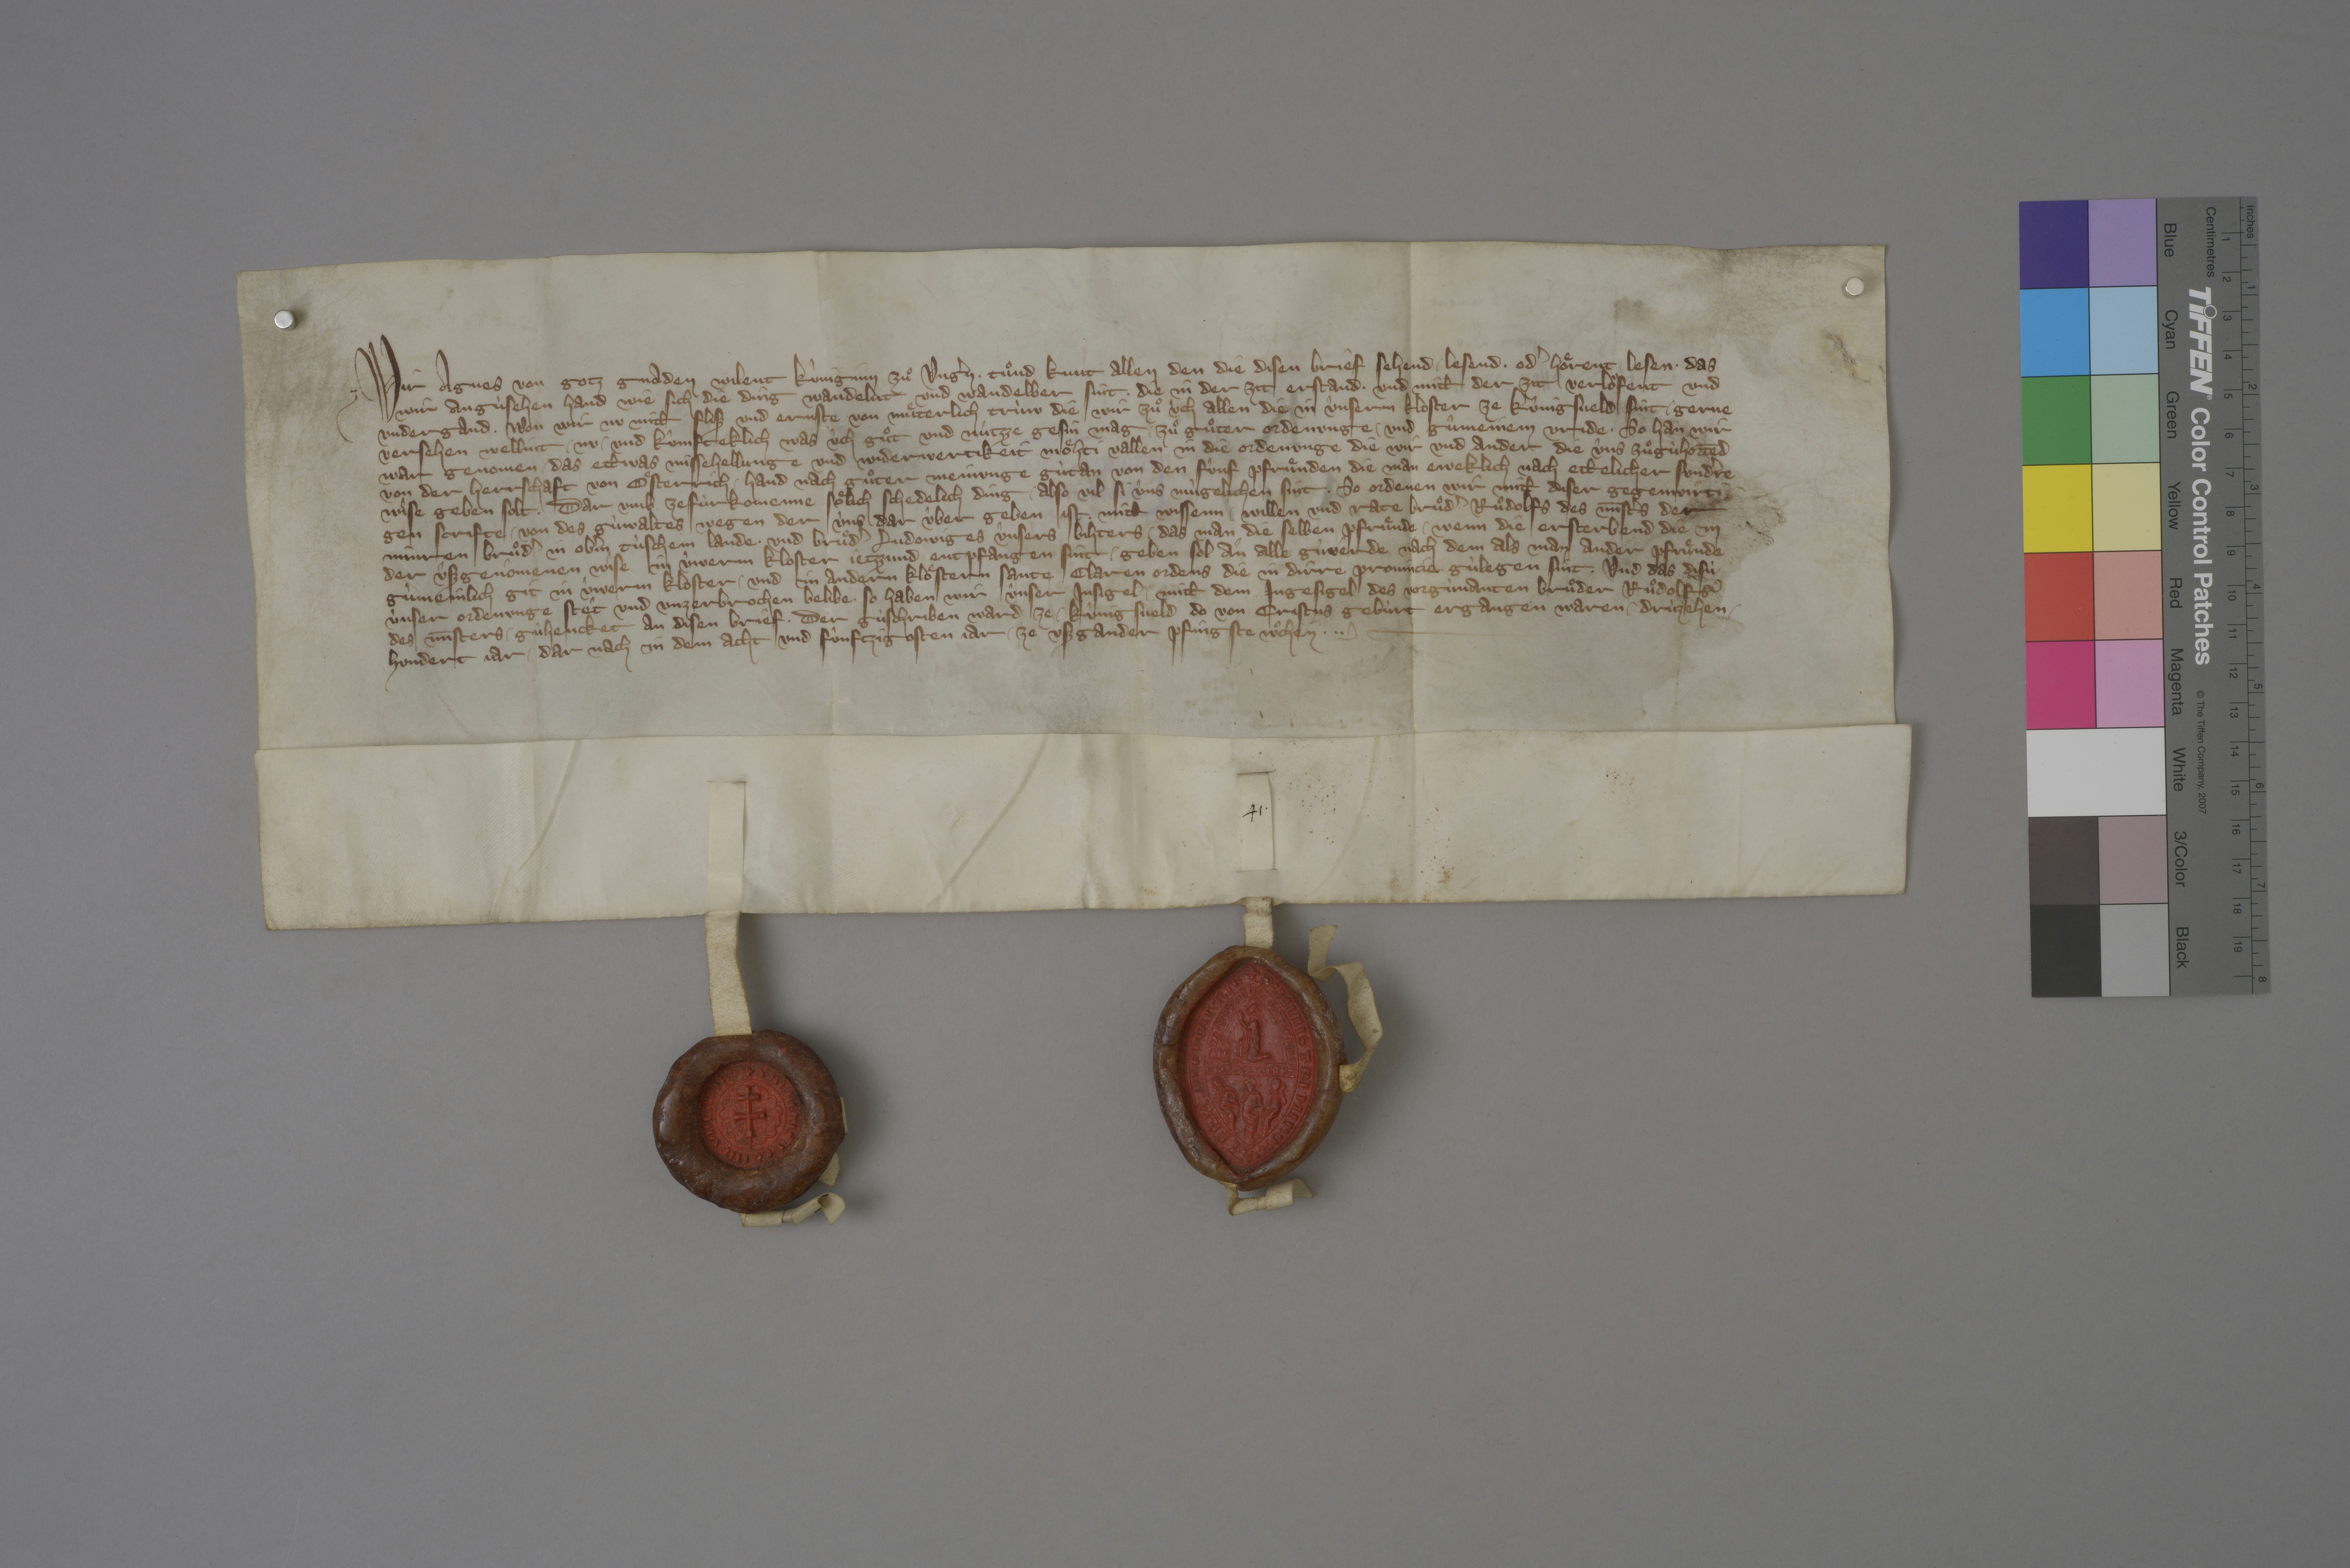
Transcription:
Wir, Agnes, von gotz gnaden wilent kûniginn zuͦ Ungˀn, ✳ tuͦnd kunt allen den, die disen brief sehend, ✳ lesend ✳ odˀ hoͤrent lesen, ✳ das
wir angùsehen hand, wie sich die ding wandelnt und wandelber sint, ✳ die in der zit erstand, ✳ und mitt der zit verloͧfent und
undergand. ✳ wen wir nu mitt flisz und ernste von muͤterlich trùw, die wir zuͦ ùch allen, die in ûnserm kloster ze Kûnigsveld sint, ✳ gerne
versehen wellint, ✳ nu ✳ und kûmfteklich, was ûch guͦt und nùtzze gesin mag ✳ zuͦ guͦter ordenunge ✳ und gùmeinem vride, ✳ so han wir
war genomen, ✳ das ettwas missehellunge und widerwertikeit moͤhti vallen in die ordenunge, die wir und ander, die ùns zuͦgùhorrēd
von der herrschaft von Oͤsterrich, ✳ hand nach guͦter meinunge gùtan von den fûnf pfruͤnden, die man eweklich nach ettelicher sundˀre
wise geben solt. ✳ dar umb ze fùrkomenne soͤlich schedelich ding, ✳ also vil si ûns mùgelichen sint, ✳ so ordenen wir mitt diser gegenwirti¬
gen scrifte ✳ von des gùwaltes wegen, der ùns dar ûber geben ist, mitt wissenn, ✳ willen und rate bruͦdˀ Ruͦdolfs, des mīstˀs der
Minren Bruͦdˀ in Obˀm Tùschem lande, ✳ und bruͦdˀ Ludowiges, ûnsers bihters, das man die selben pfruͤnde, ✳ wenn die ersterbend, die in
der ûszgenômenen wise in ûwerm kloster jetzzund entpfangen sint, ✳ geben sol an alle gùvêrde nach dem, als man ander pfruͤnde
gùmeinlich git in ûwerm kloster ✳ und in andern kloͤstern Sante Claren ordens, die in dirre provincie gùlegen sint. ✳ und das disù
ùnser ordenunge stêt und unzerbrochen belibe, ✳ so haben wir ûnser insigel ✳ mitt dem ingesigel des vorgùnanten bruͦder Ruͦdolfs,
des mīsters, ✳ gùhencket an disen brief, ✳ der gùschriben ward ze Kûnigsveld, do von Cristus gebùrt ergangen waren ✳ drùtzehen ✳
hundert jar, ✳ dar nach in dem acht und fûnftzigosten jar, ✳ ze uszgander pfingste wͦchen. ✳